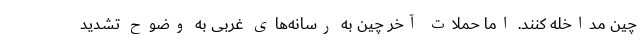
چین مداخله کنند. اما حملات آخر چین به رسانه‌های غربی به وضوح تشدید